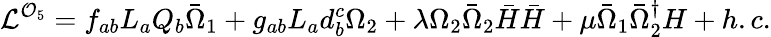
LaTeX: {\cal L}^{{\cal O}_{5}}=f_{ab}L_{a}Q_{b}{\bar{\Omega}}_{1}+g_{ab}L_{a}d_{b}^{c}\Omega_{2}+\lambda\Omega_{2}{\bar{\Omega}}_{2}{\bar{H}}{\bar{H}}+\mu{\bar{\Omega}}_{1}{\bar{\Omega}}_{2}^{\dagger}H+h.c.